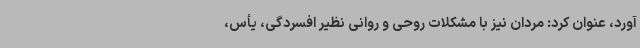
آورد، عنوان کرد: مردان نیز با مشکلات روحی و روانی نظیر افسردگی، یأس،